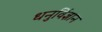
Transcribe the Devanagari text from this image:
धनुर्विज्ञान